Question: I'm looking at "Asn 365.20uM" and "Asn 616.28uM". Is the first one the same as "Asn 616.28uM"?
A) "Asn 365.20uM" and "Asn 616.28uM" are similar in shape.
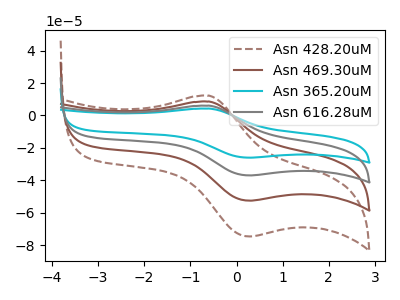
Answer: <think>The brown dashed curve "Asn 428.20uM" has an anodic peak at (-0.60V, 18.05uA) and a cathodic peak at (0.30V, -110.85uA). The brown curve "Asn 469.30uM" has an anodic peak at (-0.60V, 12.05uA) and a cathodic peak at (0.30V, -73.90uA). The cyan curve "Asn 365.20uM" has an anodic peak at (-0.60V, 4.25uA) and a cathodic peak at (0.30V, -26.00uA). The gray curve "Asn 616.28uM" has an anodic peak at (-0.60V, 6.00uA) and a cathodic peak at (0.30V, -36.95uA).
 All the peaks in "Asn 365.20uM" have a peak in "Asn 616.28uM" at the same potential. Every peak in "Asn 365.20uM" is lower than every peak in "Asn 616.28uM".</think>
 <answer>A) "Asn 365.20uM" and "Asn 616.28uM" are similar in shape.</answer>
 <eval>A</eval>